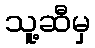
သူ့ဆီမှ